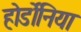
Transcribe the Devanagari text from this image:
होर्डोनिया